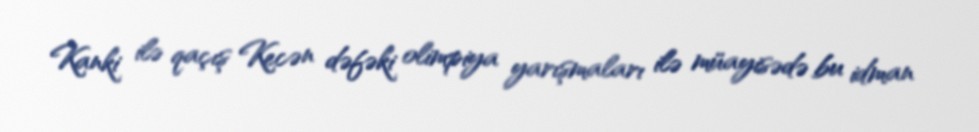
Kanki ilə qaçış Kecən dəfəki olimpiya yarışmaları ilə müayisədə bu idman